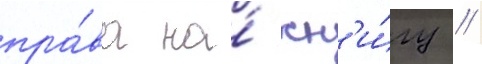
пра́ва на́ кн'и́гу //